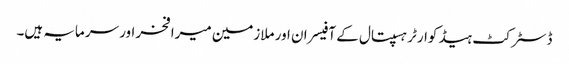
ڈسٹرکٹ ہیڈ کوارٹر ہسپتال کے آفیسران اور ملازمین میرا فخر اور سرمایہ ہیں۔